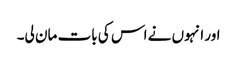
اور انہوں نے اس کی بات مان لی۔